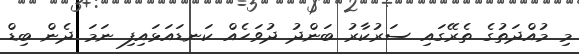
މި މުއްދަތުގެ ތެރޭގައި ސަރުކާރު ބަންދު ދުވަހެއް ކަނޑައަޅައިފި ނަމަ ދެން ބިޑް